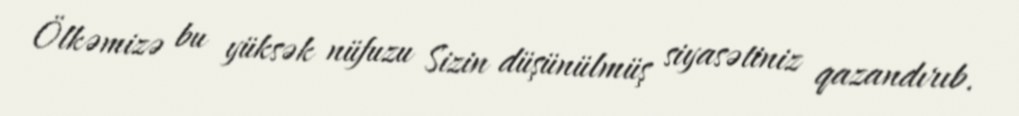
Ölkəmizə bu yüksək nüfuzu Sizin düşünülmüş siyasətiniz qazandırıb.